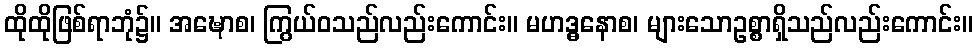
ထိုထိုဖြစ်ရာဘုံ၌။ အဍ္ဎောစ၊ ကြွယ်ဝသည်လည်းကောင်း။ မဟဒ္ဓနောစ၊ များသောဥစ္စာရှိသည်လည်းကောင်း။